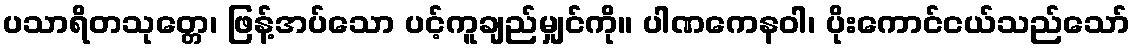
ပသာရိတသုတ္တေ၊ ဖြန့်အပ်သော ပင့်ကူချည်မျှင်ကို။ ပါဏကေနဝါ၊ ပိုးကောင်ငယ်သည်သော်